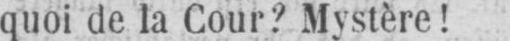
quoi de la Cour? Mystère!